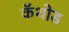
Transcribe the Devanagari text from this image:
कॅथोड